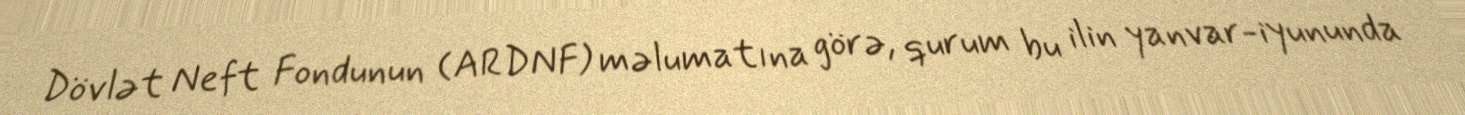
Dövlət Neft Fondunun (ARDNF) məlumatına görə, qurum bu ilin yanvar-iyununda